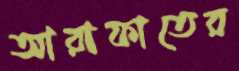
আরাফাতের